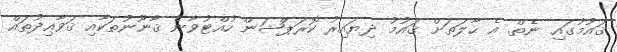
ޤައުމުގައި ނެތް. އެ ޙާލަތަށް ޤައުމު ދިޔައިރު ކޮރަޕްޝަން ހުއްޓުވާނެ ޤާނޫނުތަކާއި ޤަވާޢިދުތައް